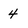
Character: 4